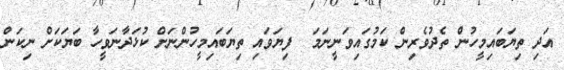
އަދި ތިޔަބައިމީހުން ތެދުވެރިން ކަމުގައިވަނީނަމަ  ފިޔަވައި ތިޔަބައިމީހުންނަށް ކުޅަދާނަވީހާ ބަޔަކަށް ނިކަން